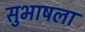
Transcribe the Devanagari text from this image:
सुभाषला